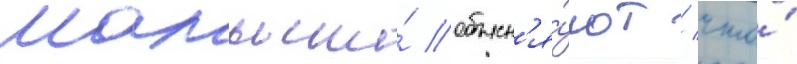
Малыши́ объясн'я́ют / что́